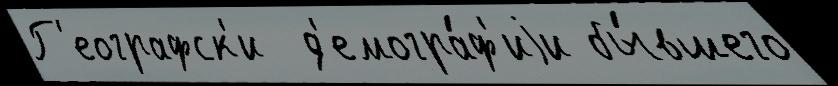
Г'еографск'и  д'емогра́ф'иjи бы́вшего